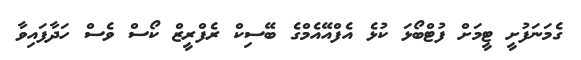
ގެމަނަފުށީ ޓީމަށް ފުޓްބޯޅަ ކުޅެ އެފްއޭއެމްގެ ބޭސިކް ރެފްރީޒް ކޯސް ވެސް ހަދާފައިވާ